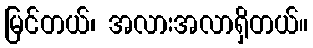
မြင်တယ်၊ အလားအလာရှိတယ်။